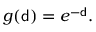
g ( { \mathsf { d } } ) = e ^ { - { \mathsf { d } } } .